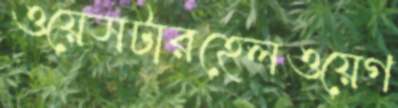
ওয়েসটারহেলওয়েগ